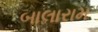
બાલારામ